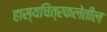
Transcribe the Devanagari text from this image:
हास्यचित्रकलेतील